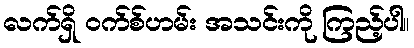
လက်ရှိ ဝက်စ်ဟမ်း အသင်းကို ကြည့်ပါ။